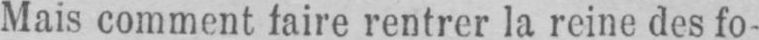
Mais comment faire rentrer la reine des fo-